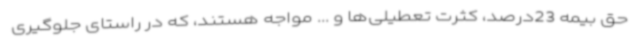
حق بیمه 23درصد، کثرت تعطیلی‌ها و ... مواجه هستند، که در راستای جلوگیری